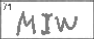
Transcription: MIW